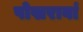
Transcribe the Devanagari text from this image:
पोखरावां